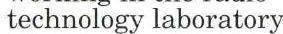
technology laboratory